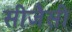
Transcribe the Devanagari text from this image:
सीजैसी